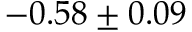
- 0 . 5 8 \pm 0 . 0 9